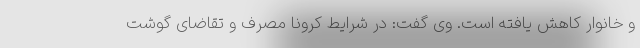
و خانوار کاهش یافته است. وی گفت: در شرایط کرونا مصرف و تقاضای گوشت